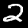
Digit: 2